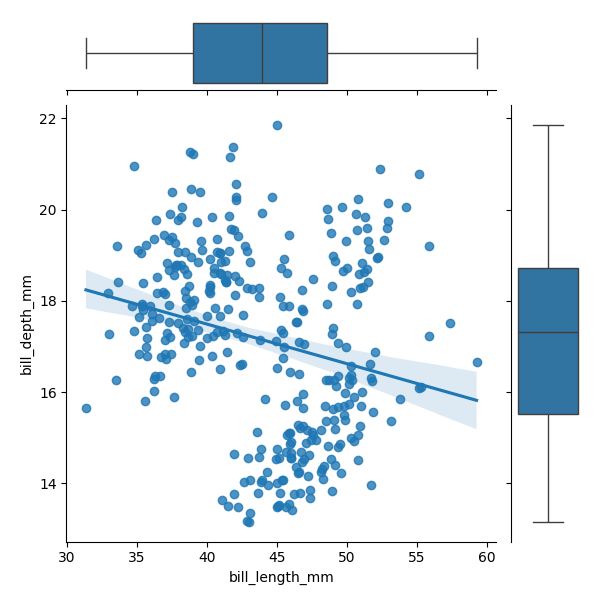
python, seaborn, JointGrid, regplot, boxplot